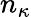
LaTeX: n_{\kappa}